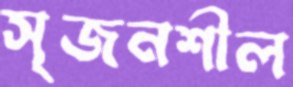
সৃজনশীল